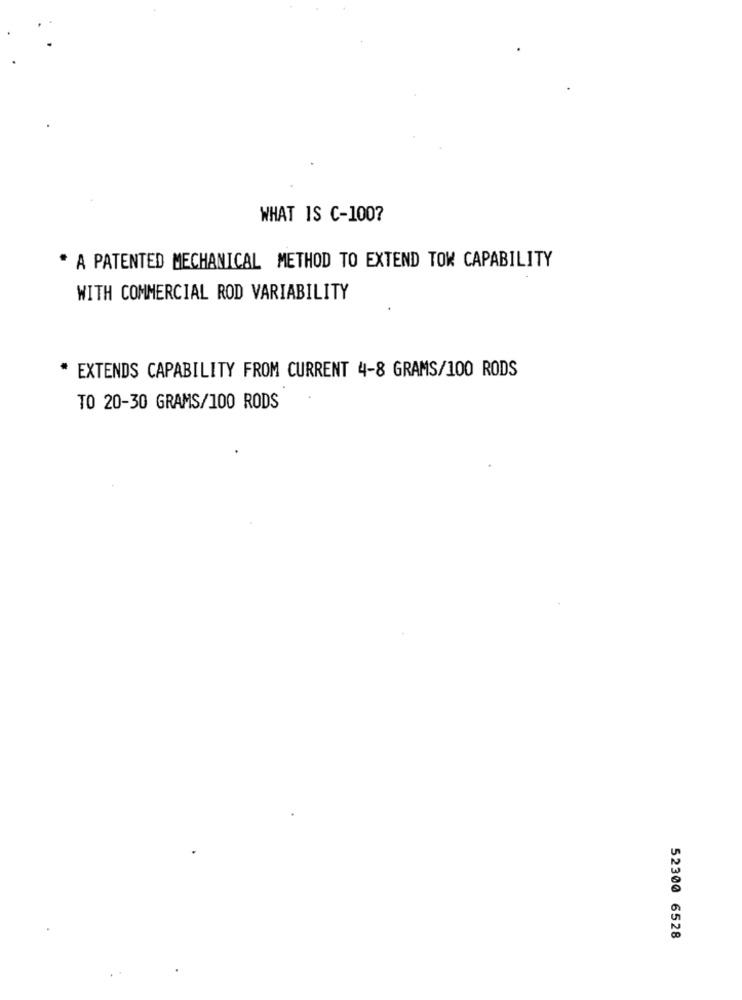
WHAT IS C-100?
* A PATENTED MECHANICAL METHOD TO EXTEND TOW CAPABILITY
WITH COMMERCIAL ROD VARIABILITY
* EXTENDS CAPABILITY FROM CURRENT 4-8 GRAMS/100 RODS
TO 20-30 GRAMS/100 RODS
52300 6528